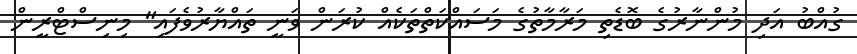
ގުއްބު އަދި މުންނާރުގެ ބޮޑެތި މަރާމާތުގެ މަސައްކަތްތަކެއް ކުރަން ވަނީ ތައްޔާރުވެފައި" މިނިސްޓްރީން